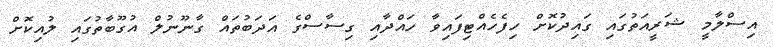
އިސްލާމީ ޝަރީއަތުގައި ގައިދުކޮށް ހިފެހެއްޓިފައިވާ ހައްދާއި ގިސާސްގެ އަދަބުތައް ގާނޫނުލް އުގޫބާތުގައި ލުއިކޮށް